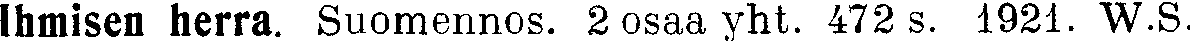
Ihmisen herra. Suomennos. 2 osaa yht. 472 s. 1921. W.S.